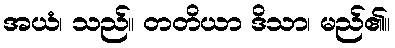
အယံ၊ သည်။ တတိယာ ဒိသာ၊ မည်၏။